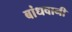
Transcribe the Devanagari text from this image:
बांधवानी